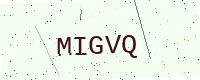
Text: MIGVQ